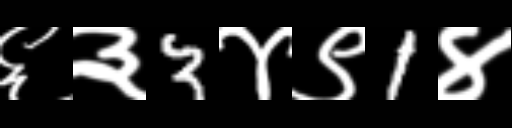
Text: ६३3४९1४